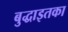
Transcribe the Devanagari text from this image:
बुद्धाइतका